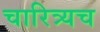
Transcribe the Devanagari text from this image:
चारित्र्यच